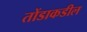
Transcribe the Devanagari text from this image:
तोंडाकडील